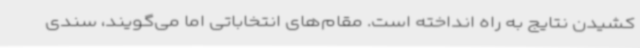
کشیدن نتایج به راه انداخته است. مقام‌های انتخاباتی اما می‌گویند، سندی